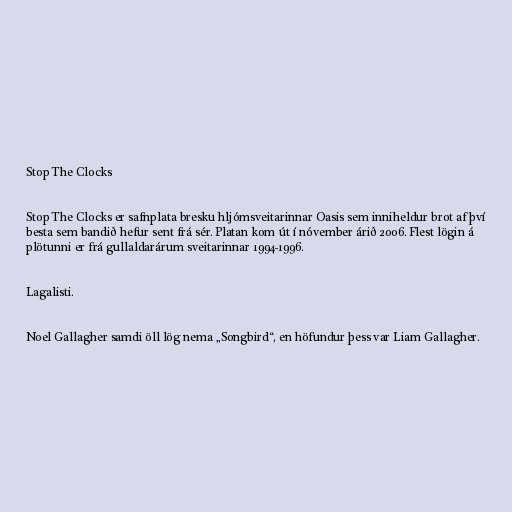
Stop The Clocks

Stop The Clocks er safnplata bresku hljómsveitarinnar Oasis sem inniheldur brot af því
besta sem bandið hefur sent frá sér. Platan kom út í nóvember árið 2006. Flest lögin á
plötunni er frá gullaldarárum sveitarinnar 1994-1996.

Lagalisti.

Noel Gallagher samdi öll lög nema „Songbird“, en höfundur þess var Liam Gallagher.